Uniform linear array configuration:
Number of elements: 12
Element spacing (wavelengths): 0.25
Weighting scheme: cosine
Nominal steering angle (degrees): -15
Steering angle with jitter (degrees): -14.227
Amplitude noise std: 0.05
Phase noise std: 0.05

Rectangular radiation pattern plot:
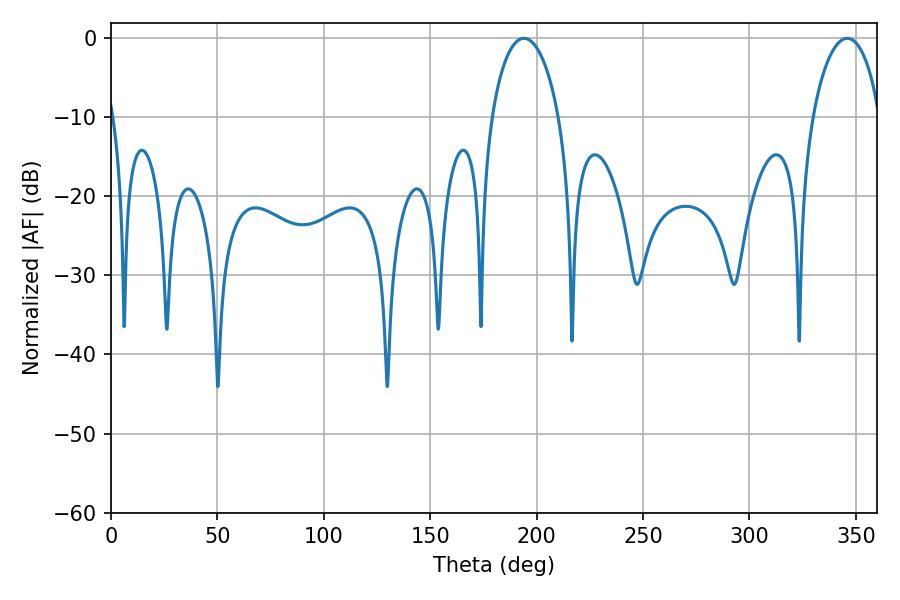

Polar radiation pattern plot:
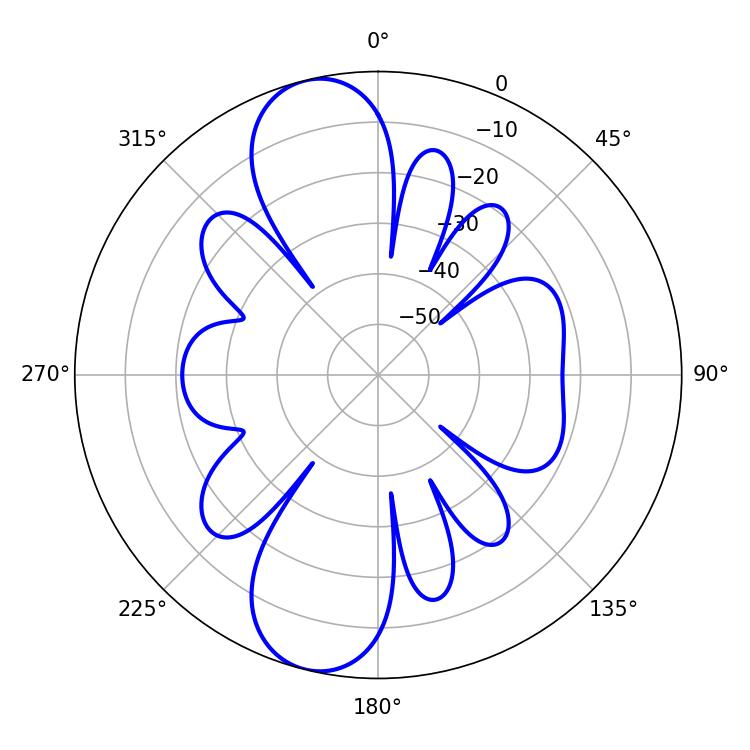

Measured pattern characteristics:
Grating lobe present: FALSE
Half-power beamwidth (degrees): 18
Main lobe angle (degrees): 194.04